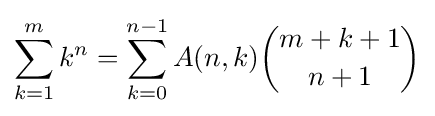
\sum _{k=1}^{m}k^{n}=\sum _{k=0}^{n-1}A(n,k){\binom {m+k+1}{n+1}}